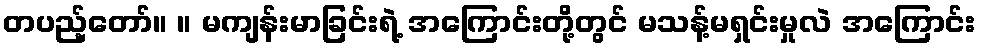
တပည့်တော်။ ။ မကျန်းမာခြင်းရဲ့ အကြောင်းတို့တွင် မသန့်မရှင်းမှုလဲ အကြောင်း